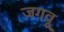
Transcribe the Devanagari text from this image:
जगवू